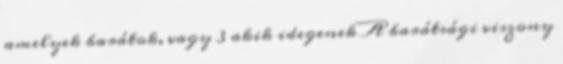
amelyek barátok, vagy 3 akik idegenek A barátsági viszony